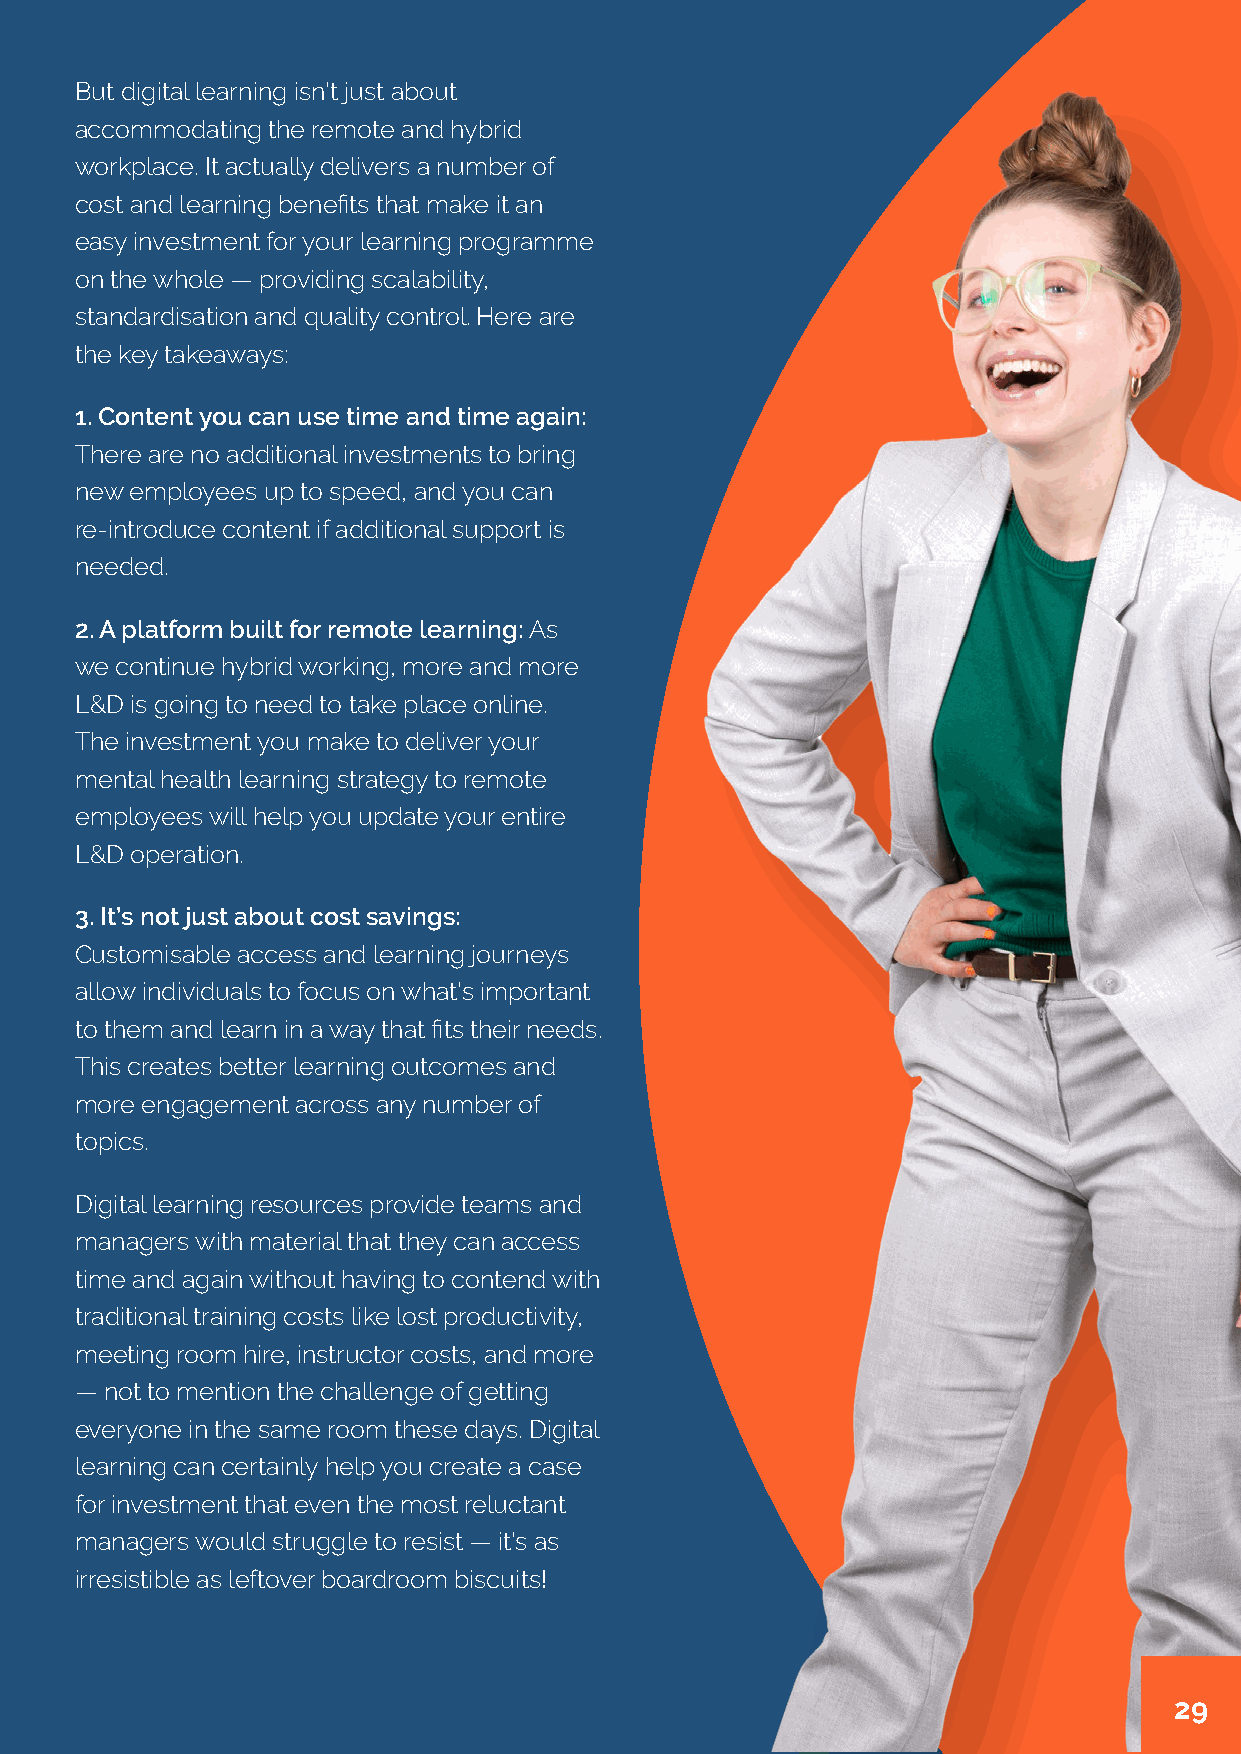
But digital learning isn’t just about
 accommodating the remote and hybrid
 workplace. It actually delivers a number of
 cost and learning benefits that make it an
 easy investment for your learning programme
 on the whole — providing scalability,
 standardisation and quality control. Here are
 the key takeaways:
 1. Content you can use time and time again:
 There are no additional investments to bring
 new employees up to speed, and you can
 re-introduce content if additional support is
 needed.
 2. A platform built for remote learning: As
 we continue hybrid working, more and more
 L&D is going to need to take place online.
 The investment you make to deliver your
 mental health learning strategy to remote
 employees will help you update your entire
 L&D operation.
 3. It’s not just about cost savings:
 Customisable access and learning journeys
 allow individuals to focus on what’s important
 to them and learn in a way that fits their needs.
 This creates better learning outcomes and
 more engagement across any number of
 topics.
 Digital learning resources provide teams and
 managers with material that they can access
 time and again without having to contend with
 traditional training costs like lost productivity,
 meeting room hire, instructor costs, and more
 — not to mention the challenge of getting
 everyone in the same room these days. Digital
 learning can certainly help you create a case
 for investment that even the most reluctant
 managers would struggle to resist — it’s as
 irresistible as leftover boardroom biscuits!
 29